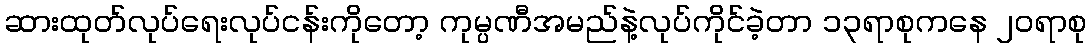
ဆားထုတ်လုပ်ရေးလုပ်ငန်းကိုတော့ ကုမ္ပဏီအမည်နဲ့လုပ်ကိုင်ခဲ့တာ ၁၃ရာစုကနေ ၂၀ရာစု